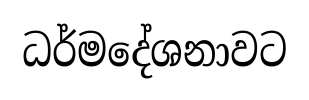
ධර්මදේශනාවට